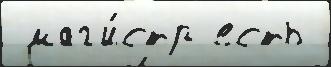
 маг'и́стр есть